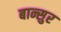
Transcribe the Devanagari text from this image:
बान्सुर